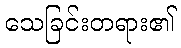
သေခြင်းတရား၏